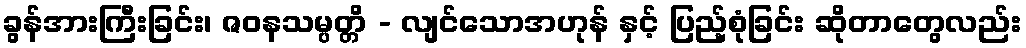
ခွန်အားကြီးခြင်း၊ ဇဝနသမ္ပတ္တိ - လျင်သောအဟုန် နှင့် ပြည့်စုံခြင်း ဆိုတာတွေလည်း